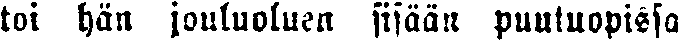
toi hän jouluoluen sisään puutuopissa